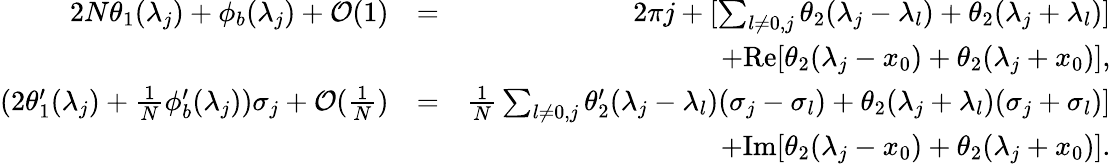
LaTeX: \begin{array}{rlr}{2N\theta_{1}(\lambda_{j})+\phi_{b}(\lambda_{j})+\mathcal{O}(1)}&{=}&{2\pi j+[\sum_{l\neq 0,j}\theta_{2}(\lambda_{j}-\lambda_{l})+\theta_{2}(\lambda_{j}+\lambda_{l})]}\\ &{}&{+\mathrm{Re}[\theta_{2}(\lambda_{j}-x_{0})+\theta_{2}(\lambda_{j}+x_{0})],}\\ {(2\theta_{1}^{\prime}(\lambda_{j})+\frac{1}{N}\phi_{b}^{\prime}(\lambda_{j}))\sigma_{j}+\mathcal{O}(\frac{1}{N})}&{=}&{\frac{1}{N}\sum_{l\neq 0,j}\theta_{2}^{\prime}(\lambda_{j}-\lambda_{l})(\sigma_{j}-\sigma_{l})+\theta_{2}(\lambda_{j}+\lambda_{l})(\sigma_{j}+\sigma_{l})]}\\ &{}&{+\mathrm{Im}[\theta_{2}(\lambda_{j}-x_{0})+\theta_{2}(\lambda_{j}+x_{0})].}\end{array}